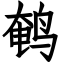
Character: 鹌